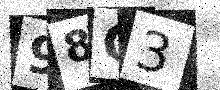
Text: 98C3